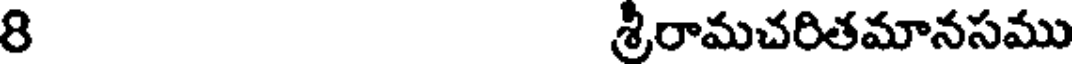
8 శ్రీరామచరితమానసము